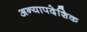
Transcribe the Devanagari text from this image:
अन्यापदेशिक